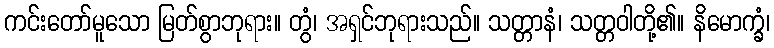
ကင်းတော်မူသော မြတ်စွာဘုရား။ တွံ၊ အရှင်ဘုရားသည်။ သတ္တာနံ၊ သတ္တဝါတို့၏။ နိမောက္ခံ၊